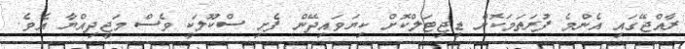
ރާއްޖޭގައި އެންމެ ފުރަތަމަކޮށް ޑިޖިޓަލްކޮށް ކިޔަވައިދޭން ފެށި ސްކޫލަކީ ވެސް މަޖީދިއްޔާ އެވެ.